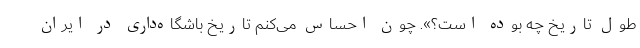
طول تاریخ چه بوده است؟». چون احساس می‌کنم تاریخ باشگاه‌داری در ایران